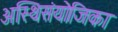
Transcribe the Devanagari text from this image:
अस्थिसंयोजिका